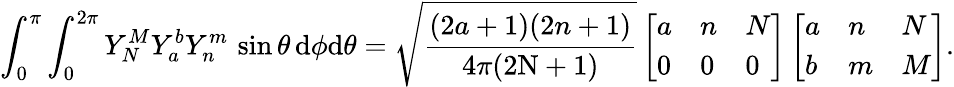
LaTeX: \int_{0}^{\pi}\int_{0}^{2\pi}Y_{N}^{M}Y_{a}^{b}Y_{n}^{m}\, \sin\theta\, \mathrm{d}\phi\mathrm{d}\theta=\sqrt{\frac{(2a+1)(2n+1)}{4\pi(2\mathrm{N}+1)}}\left[\begin{array}{lll}{a}&{n}&{N}\\ {0}&{0}&{0}\end{array}\right]\left[\begin{array}{lll}{a}&{n}&{N}\\ {b}&{m}&{M}\end{array}\right].